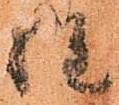
惶